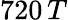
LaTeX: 720\, T